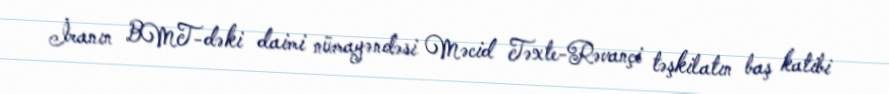
İranın BMT-dəki daimi nümayəndəsi Məcid Təxte-Rəvançi təşkilatın baş katibi